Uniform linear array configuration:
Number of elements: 64
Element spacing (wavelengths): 1
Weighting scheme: cosine
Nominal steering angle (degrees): -45
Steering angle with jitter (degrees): -44.075
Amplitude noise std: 0.05
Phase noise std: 0.05

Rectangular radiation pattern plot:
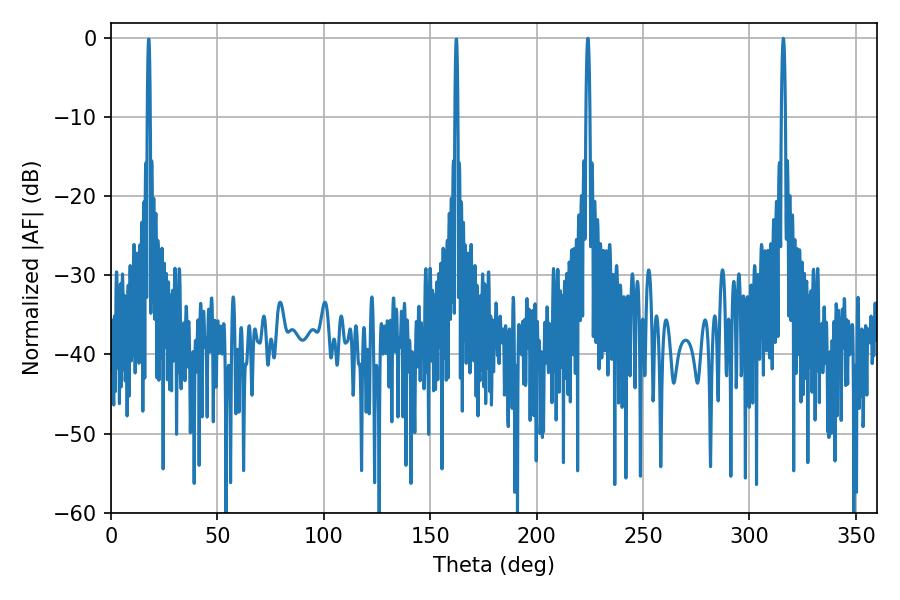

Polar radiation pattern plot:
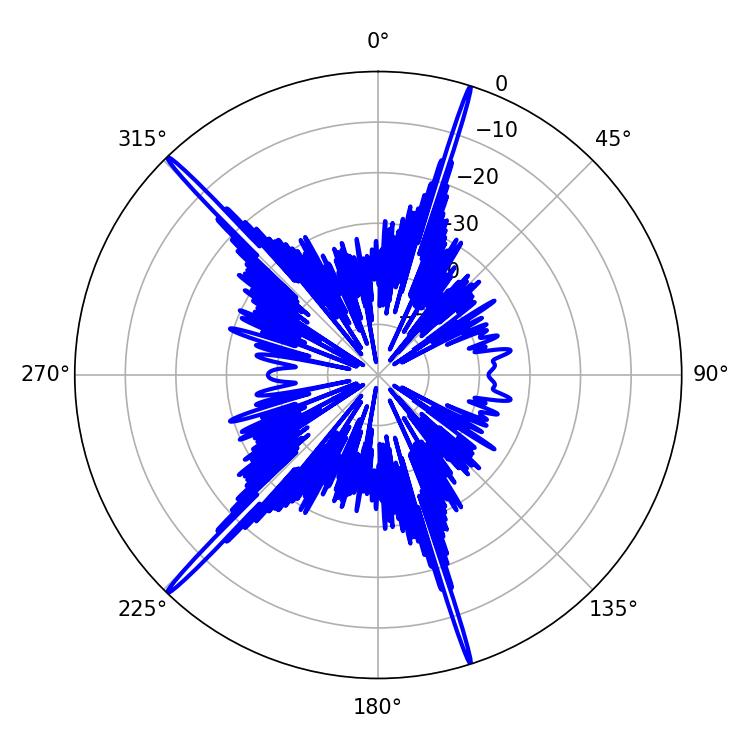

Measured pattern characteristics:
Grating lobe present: TRUE
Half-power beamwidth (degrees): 1.08
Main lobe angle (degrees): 224.1